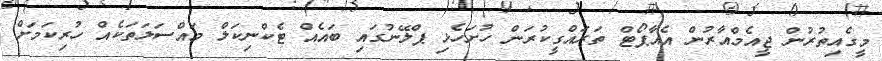
މީގެއިތުރުން ޖީއެމްއާރުން އެއާޕޯޓް ތަރައްގީކުރަން ހުށަހެޅި ޕްލޭނުގައި ބައެއް ޓެކްނިކަލް މައްސަލަތަކެއް ހުރިކަމަށް